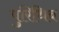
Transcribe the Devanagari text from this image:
पुरिथिब